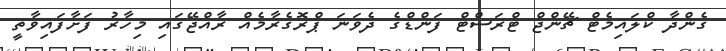
ގެންދާ ކްލައިމެޓް ޗޭންޖް ޓްރަސްޓް ފަންޑްގެ ދެވަނަ ޕްރޮގެރާމެއް ރާއްޖޭގައި މިހާރު ފަށާފައިވާތީ